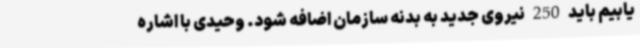
یابیم باید 250 نیروی جدید به بدنه سازمان اضافه شود. وحیدی با اشاره